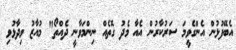
އެބޭފުޅުން އެންގެވީމަ ސަރުކާރުން އެއާ މެދު ގޮތެއް ނިންމަވާނީ ދެއްތޯ" މުއާޒު ވިދާޅުވި